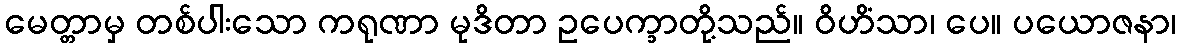
မေတ္တာမှ တစ်ပါးသော ကရုဏာ မုဒိတာ ဥပေက္ခာတို့သည်။ ဝိဟိံသာ၊ ပေ။ ပယောဇနာ၊